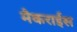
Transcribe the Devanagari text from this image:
मैकराईस